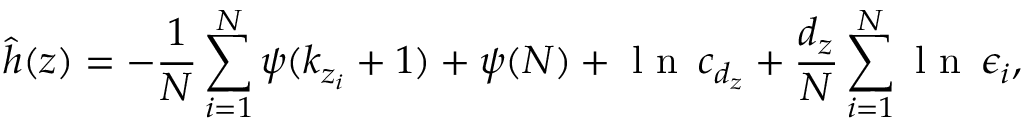
\widehat { h } ( z ) = - \frac { 1 } { N } \sum _ { i = 1 } ^ { N } \psi ( k _ { z _ { i } } + 1 ) + \psi ( N ) + \mathrm { ~ l ~ n ~ } \, c _ { d _ { z } } + \frac { d _ { z } } { N } \sum _ { i = 1 } ^ { N } \mathrm { ~ l ~ n ~ } \, \epsilon _ { i } ,